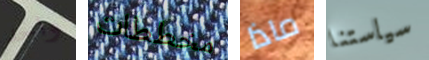
واحد مخططات ماذا سياستنا